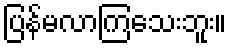
ပြန်မလာကြသေးဘူး။